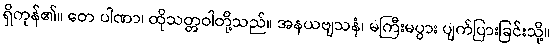
ရှိကုန်၏။ တေ ပါဏာ၊ ထိုသတ္တဝါတို့သည်။ အနယဗျသနံ၊ မကြီးမပွား ပျက်ပြားခြင်းသို့။